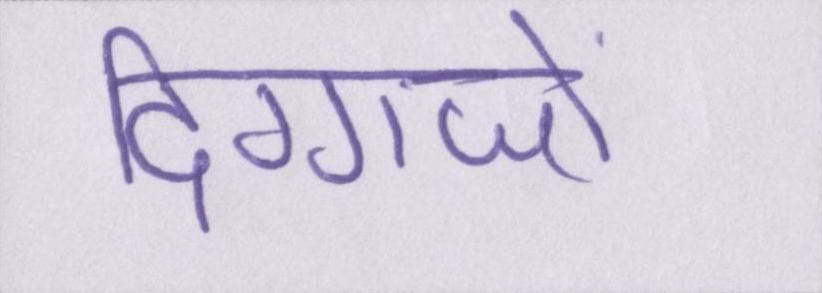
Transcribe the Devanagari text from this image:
दिग्गजों